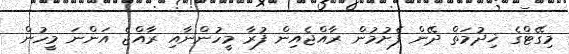
މިގޭޓްގެ ޚިދުމަތް ދޭން ފެށުމުން ރާއްޖެއިން ފުރާ މީހުންނާއި ރާއްޖެ އަންނަ މީހުން